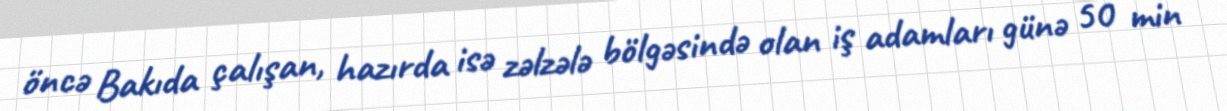
öncə Bakıda çalışan, hazırda isə zəlzələ bölgəsində olan iş adamları günə 50 min